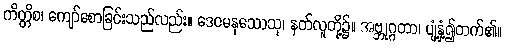
ကိတ္တိစ၊ ကျော်စောခြင်းသည်လည်း။ ဒေဝမနုဿေသု၊ နတ်လူတို့၌။ အဗ္ဘုဂ္ဂတာ၊ ပျံ့နှံ့၍တက်၏။